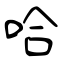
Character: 哈